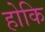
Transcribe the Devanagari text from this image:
होकि